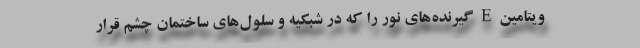
ویتامین E گیرنده‌های نور را که در شبکیه و سلول‌های ساختمان چشم قرار